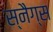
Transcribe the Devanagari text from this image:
स्नैग्स